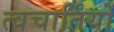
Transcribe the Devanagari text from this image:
त्वचार्तियों